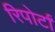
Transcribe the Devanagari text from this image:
रिपोर्टां